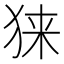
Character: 𰡎